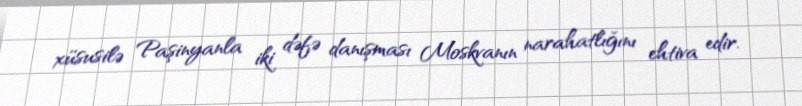
xüsusilə Paşinyanla iki dəfə danışması Moskvanın narahatlığını ehtiva edir.